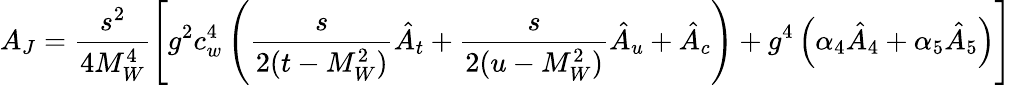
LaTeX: A_{J}=\displaystyle\frac{s^{2}}{4M_{W}^{4}}\left[{g^{2}c_{w}^{4}}\left(\frac{s}{2(t-M_{W}^{2})}\hat{A}_{t}+\frac{s}{2(u-M_{W}^{2})}\hat{A}_{u}+\hat{A}_{c}\right)+g^{4}\left(\alpha_{4}\hat{A}_{4}+\alpha_{5}\hat{A}_{5}\right)\right]